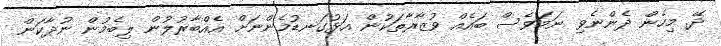
ދޭ. މިހެން ދެންނެވި ނަމަވެސް ބައެއް ވުޒާރާތަކުން އަޅުގަނޑުމެންނަށް އެއްބާރުލުން ލިބެމުން ނުދާކަން